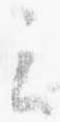
云